Indian journal of veterinary science and animal husbandry - Volume 8,
Year: 1938
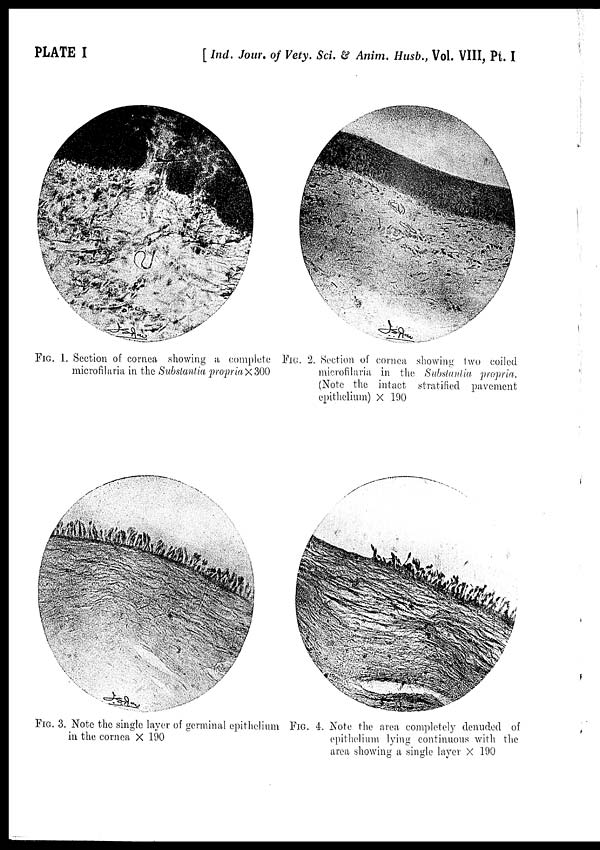
PLATE I
[ Ind. Jour. of Vety. Sci. & Anim. Husb., Vol. VIII, Pt. I
FIG. 1. Section of cornea showing a complete
microfilaria in the Substantia propria × 300
FIG. 2. Section of cornea showing two coiled
microfilaria in the Substantia propria.
(Note the intact stratified pavement
epithelium) × 190
FIG. 3. Note the single layer of germinal epithelium
in the cornea × 190
FIG. 4. Note the area completely denuded of
epithelium lying continuous with the
area showing a single layer × 190